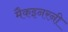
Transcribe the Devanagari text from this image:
मैकइनरनी